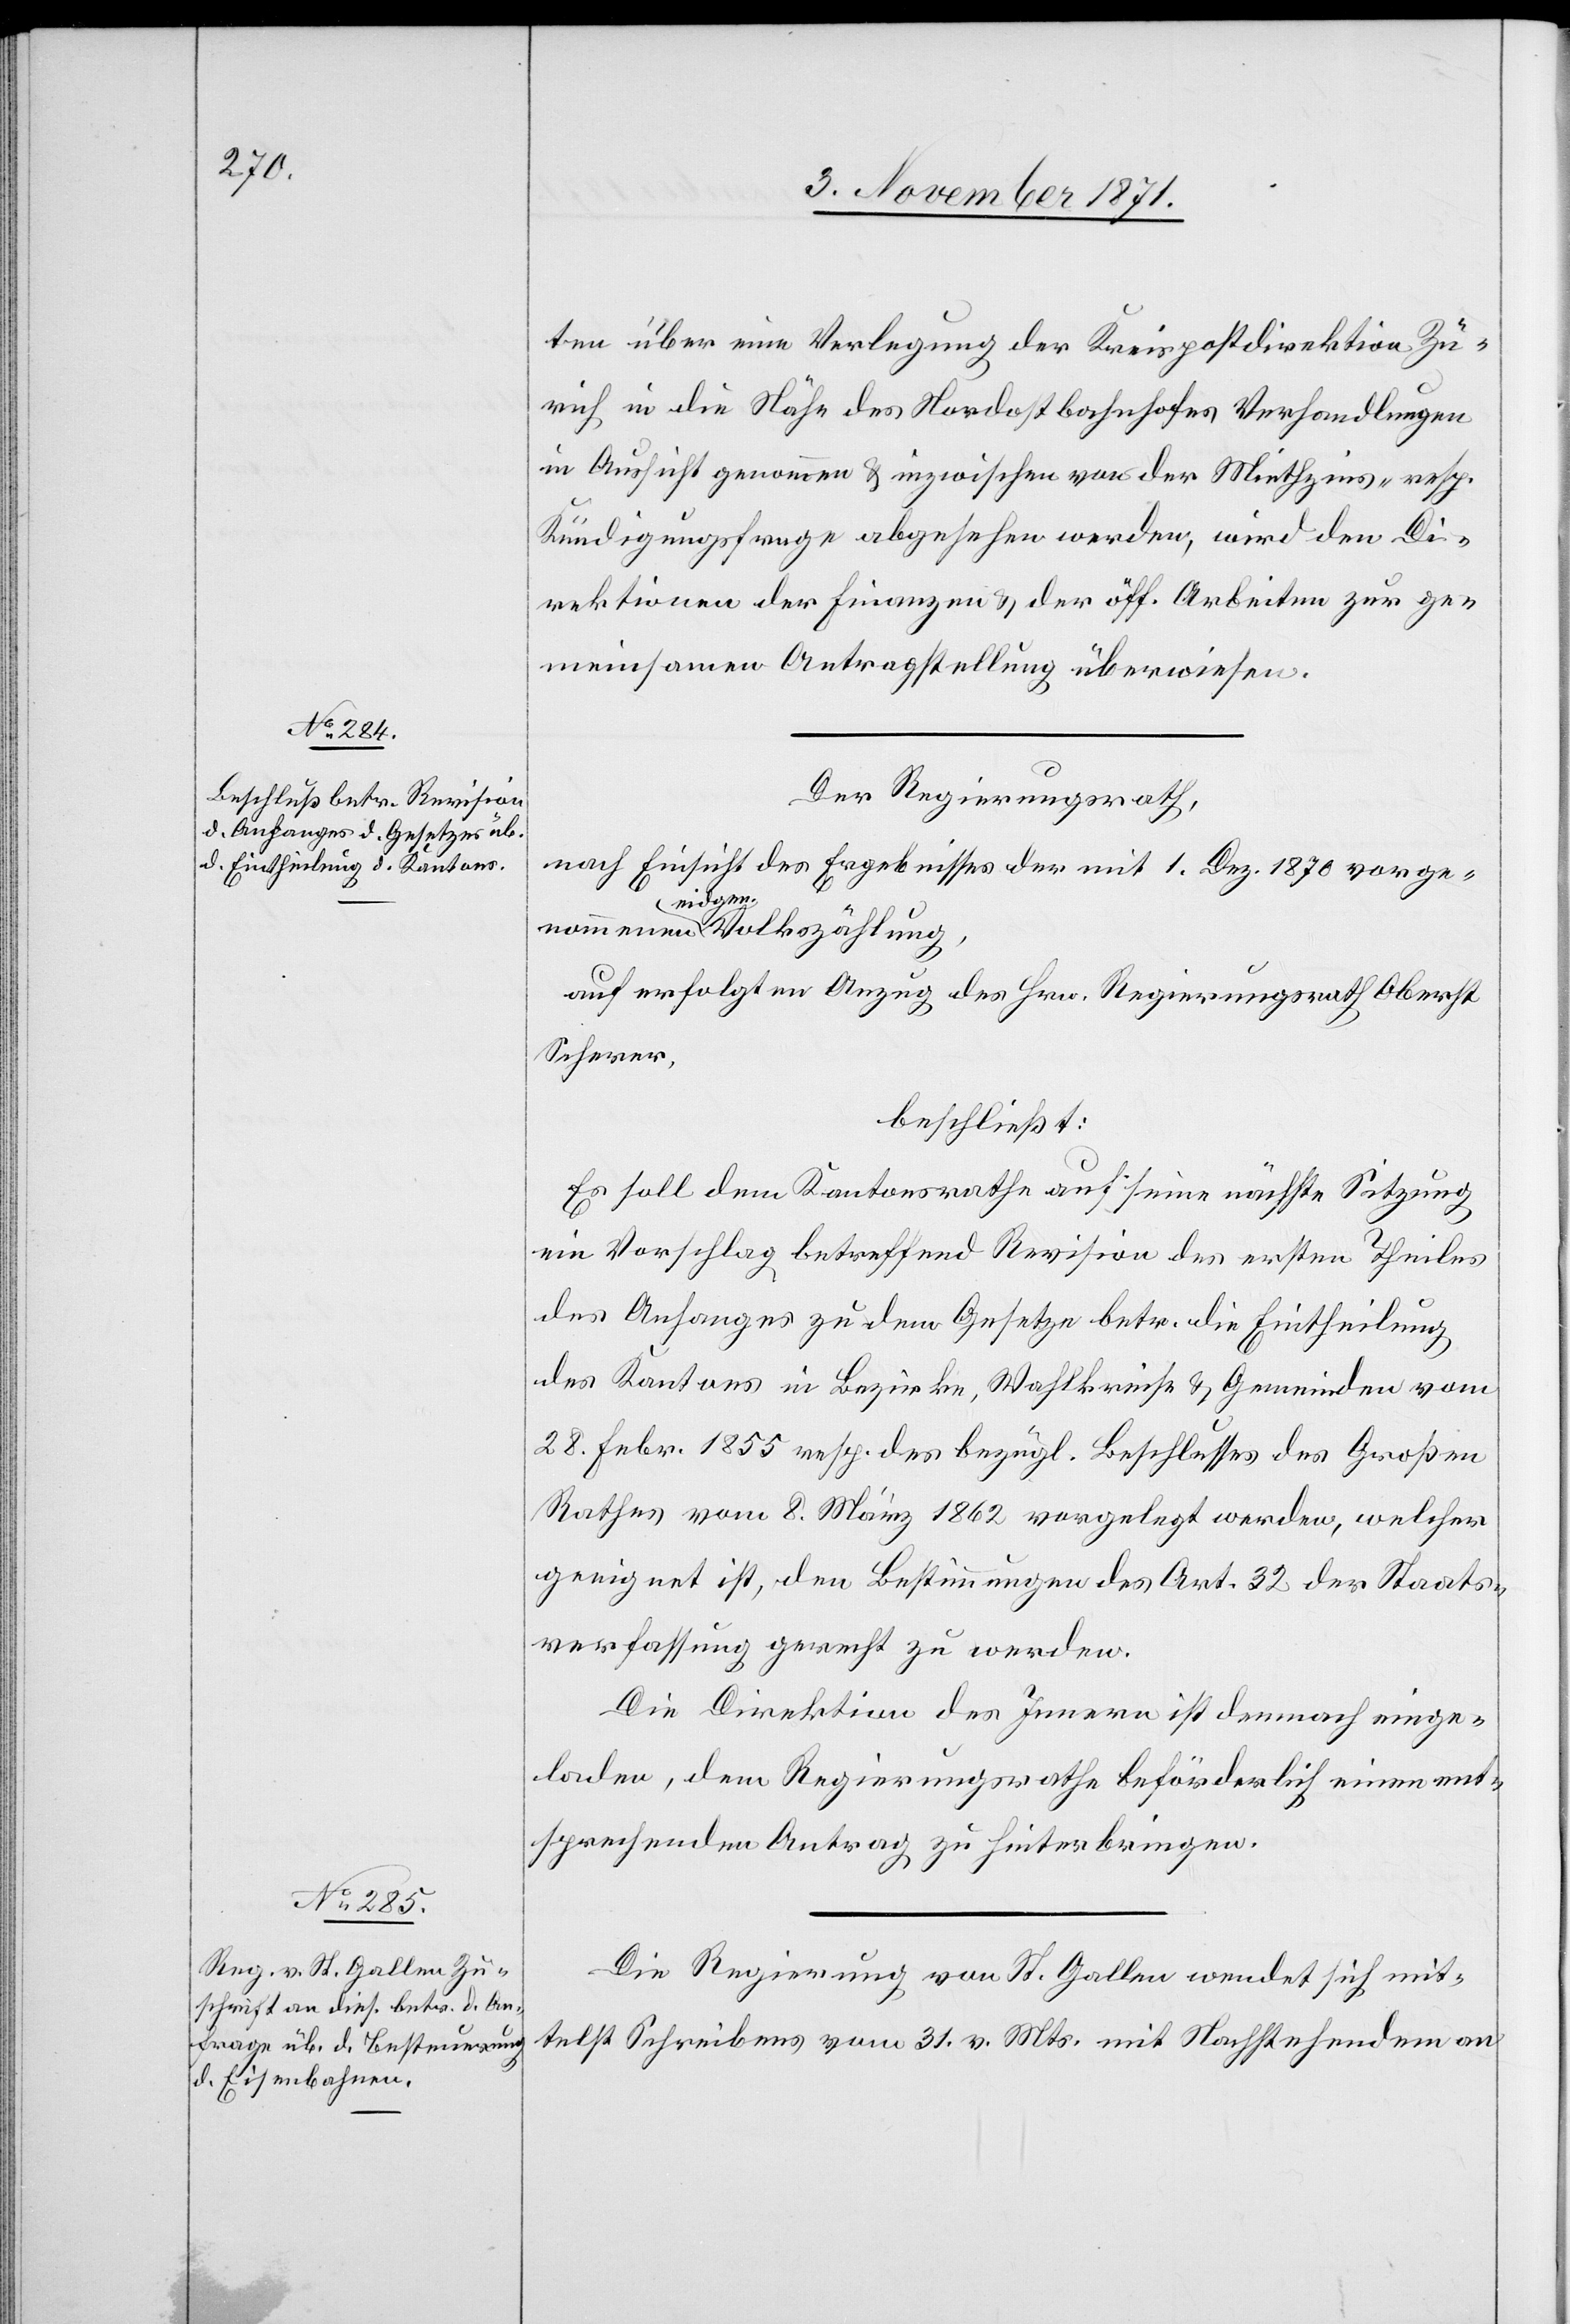
te über eine Verlegung der Kreispostdirektion Zü¬
rich in die Nähe des Nordostbahnhofes Verhandlungen
in Aussicht genommen & inzwischen von der Miethzins- resp.
Kündigungsfrage abgesehen werden, wird den Di¬
rektionen der Finanzen & der öff. Arbeiten zur ge¬
meinsamen Antragstellung überwiesen.
Der Regierungsrath,
nach Einsicht des Ergebnisses der mit 1. Dez. 1870 vorge¬
werden.
nommenen eidgen. Volkszählung,
auf erfolgten Anzug des Hrn. Regierungsrath Oberst
Scherer,
beschließt:
Es soll dem Kantonsrath auf seine nächste Sitzung
ein Vorschlag betreffend Revision des ersten Theiles
des Anfanges zu dem Gesetze betr. die Eintheilung
des Kantons in Bezirke, Wahlkreise & Gemeinden vom
28. Febr. 1855 resp, des bezügl. Beschlusses des Großen
Rathes vom 8. März 1862 vorgelegt werden, welcher
geeignet ist, den Bestimmungen der Staatsverfass¬
Die Direktion des Innern ist demnach einge¬
laden, dem Regierungsrathe beförderlich einen ent¬
sprechenden Antrag zu hinterbringen.
Die Regierung von St. Gallen wendet sich mit¬
telst Schreibens vom 31. v. Mts. mit Nachstehendem an